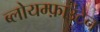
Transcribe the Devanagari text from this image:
ब्लोयम्फ़ाउंटेन